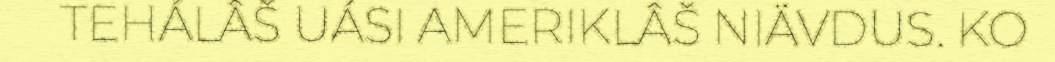
TEHÁLÂŠ UÁSI AMERIKLÂŠ NIÄVDUS. KO